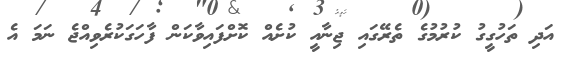
އަދި ތަހުގީގު ކުރުމުގެ ތެރޭގައި ޖިނާއީ ކުށެއް ކޮށްފައިވާކަން ފާހަގަކުރެވިއްޖެ ނަމަ އެ